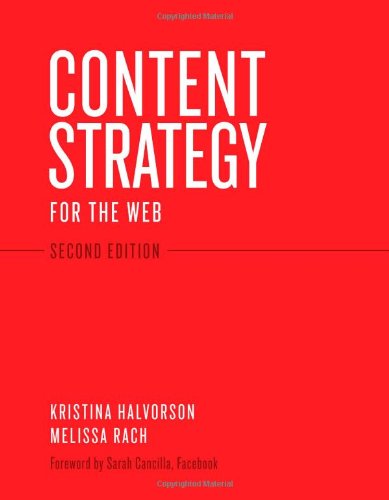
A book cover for Content Strategy for the Web, 2nd Edition; Kristina Halvorson; Computers & Technology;